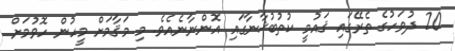
20 ދުވަހުގެ ތެރޭގައި ޤައުމީ ކުތުބުޚާނާގައި އޮންނާނެއެވެ. މި މަޤާމަށް މީހުން ހޮވުމަށް